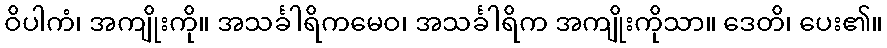
ဝိပါကံ၊ အကျိုးကို။ အသင်္ခါရိကမေဝ၊ အသင်္ခါရိက အကျိုးကိုသာ။ ဒေတိ၊ ပေး၏။